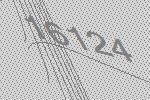
16124